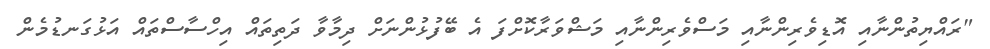
"ރައްޔިތުންނާއި އޮޑިވެރިންނާއި މަސްވެރިންނާއި މަޝްވަރާކޮށްފަ އެ ބޭފުޅުންނަށް ދިމާވާ ދަތިތައް އިހްސާސްތައް އަޅުގަނޑުމެން